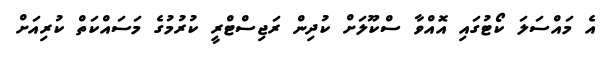
އެ މައްސަލަ ކޯޓުގައި އޮއްވާ ސްކޫލަށް ކުދިން ރަޖިސްޓްރީ ކުރުމުގެ މަސައްކަތް ކުރިއަށް